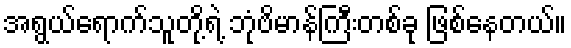
အရွယ်ရောက်သူတို့ရဲ့ ဘုံဗိမာန်ကြီးတစ်ခု ဖြစ်နေတယ်။